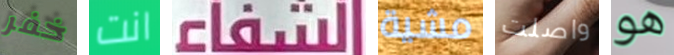
خفر انت الشفاء مشية واصلت هو